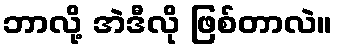
ဘာလို့ အဲဒီလို ဖြစ်တာလဲ။